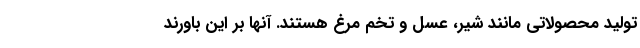
تولید محصولاتی مانند شیر، عسل و تخم مرغ هستند. آنها بر این باورند